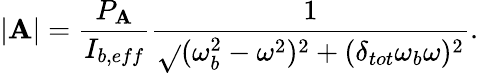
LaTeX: |\mathbf{A}|=\frac{{P_{\mathbf{A}}}}{{I_{b,eff}}}\frac{{1}}{{\sqrt{}{{(\omega_{b}^{2}-\omega^{2})^{2}+(\delta_{tot}\omega_{b}\omega)^{2}}}}}.